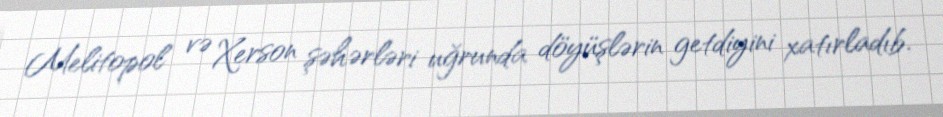
Melitopol və Xerson şəhərləri uğrunda döyüşlərin getdiyini xatırladıb.